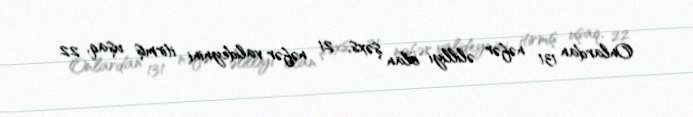
Onlardan 131 nəfər əlilliyi olan şəxs, 21 nəfər valideynini itirmiş uşaq, 22